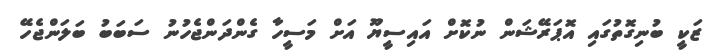
ޒަކީ ބުނިގޮތުގައި އޮޕަރޭޝަން ނުކޮށް އައިސީޔޫ އަށް މަސީހާ ގެންދަންޖެހުނު ސަބަބު ބަލަންޖެހޭ